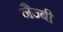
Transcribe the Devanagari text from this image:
नैज्बी